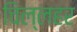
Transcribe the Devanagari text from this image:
चिल्लहर